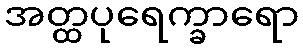
အတ္ထပုရေက္ခာရော